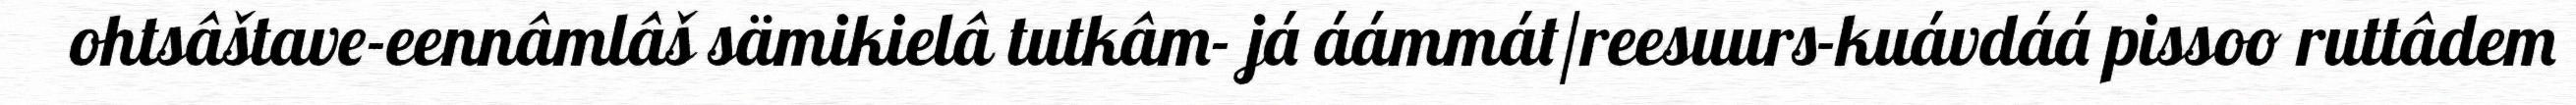
ohtsâštave-eennâmlâš sämikielâ tutkâm- já áámmát/reesuurs-kuávdáá pissoo ruttâdem